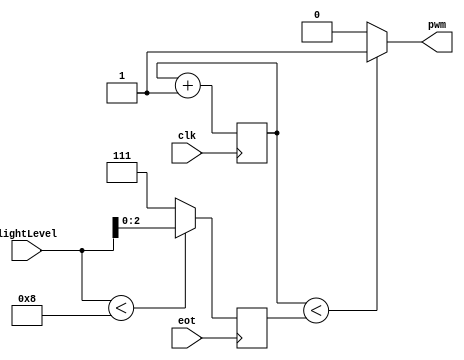
`timescale 1ns / 1ps

module pwm(
    input clk,
    input [7:0] lightLevel,
    input eot,
    output pwm
    );
    
    reg [2:0] counter;
    reg [2:0] duty_cycle;
    
    // Duty cycle logic
    always @ (posedge eot) begin
        if (lightLevel < 8'b1000) begin
            duty_cycle <= lightLevel[2:0];
        end
        else
            duty_cycle <= 3'b111;
    end
    
    // Counter logic
    always @ (posedge clk) begin
        counter <= counter + 1; // increment counter
    end
    
    // PWM output
    assign pwm = (counter < duty_cycle) ? 1 : 0; // compare counter with duty cycle
    
endmodule